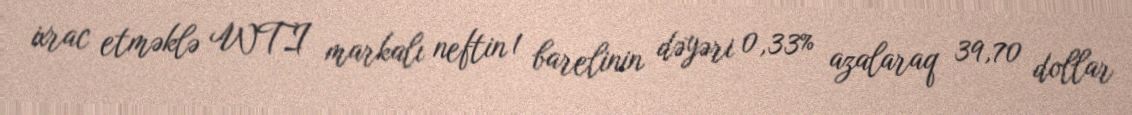
ixrac etməklə WTI markalı neftin 1 barelinin dəyəri 0,33% azalaraq 39,70 dollar